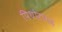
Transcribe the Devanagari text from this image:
पिथोरागढ़